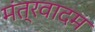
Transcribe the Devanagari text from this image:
मंत्रवादम